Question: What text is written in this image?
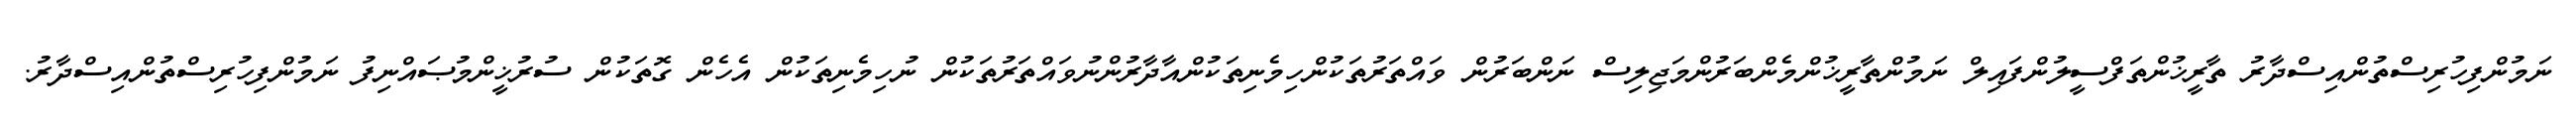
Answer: ނަމުންފިހުރިސްތުންއިސްދާރު ތާރީޚުންތަފްސީލުންފައިލް ނަމުންތާރީޚުންމެންބަރުންމަޖިލިސް ނަންބަރުން ވައްތަރުތަކުންހިމެނިތަކުންއާދާރުންނުވައްތަރުތަކުން ނުހިމެނިތަކުން އެހެން ގޮތަކުން ސުރުޚީންމުޞައްނިފު ނަމުންފިހުރިސްތުންއިސްދާރު.